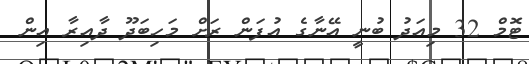
ޓޮމް 32 މިއަދު ބުނީ އޭނާގެ އުފަން ރަށް މަހިބަދޫ ދާއިރާ އިން